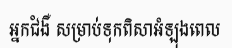
អ្នកជំងឺ សម្រាប់ទុកពិសាអំឡុងពេល